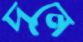
দনে